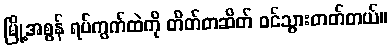
မြို့အစွန် ရပ်ကွက်ထဲကို တိတ်တဆိတ် ဝင်သွားတတ်တယ်။